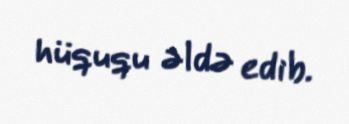
hüququ əldə edib.